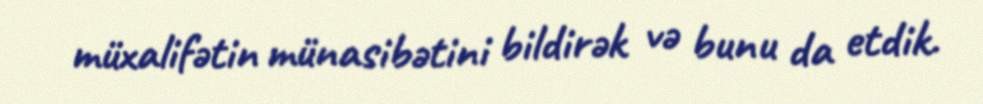
müxalifətin münasibətini bildirək və bunu da etdik.